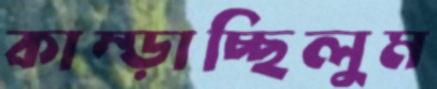
কাম্‌ড়াচ্ছিলুম